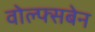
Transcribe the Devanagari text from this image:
वोल्फ्सबेन